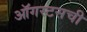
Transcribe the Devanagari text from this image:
ऑगस्टसची